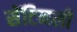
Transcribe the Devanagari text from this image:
सेंटिनली